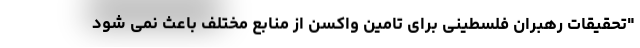
"تحقیقات رهبران فلسطینی برای تامین واکسن از منابع مختلف باعث نمی شود